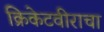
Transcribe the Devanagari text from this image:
क्रिकेटवीराचा